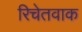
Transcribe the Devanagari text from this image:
रिचेतवाक